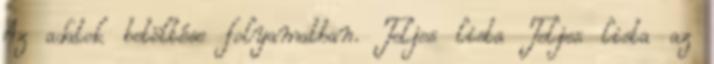
Az adatok betöltése folyamatban. Teljes lista Teljes lista az